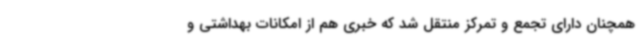
همچنان دارای تجمع و تمرکز منتقل شد که خبری هم از امکانات بهداشتی و